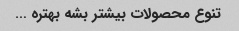
تنوع محصولات بیشتر بشه بهتره …